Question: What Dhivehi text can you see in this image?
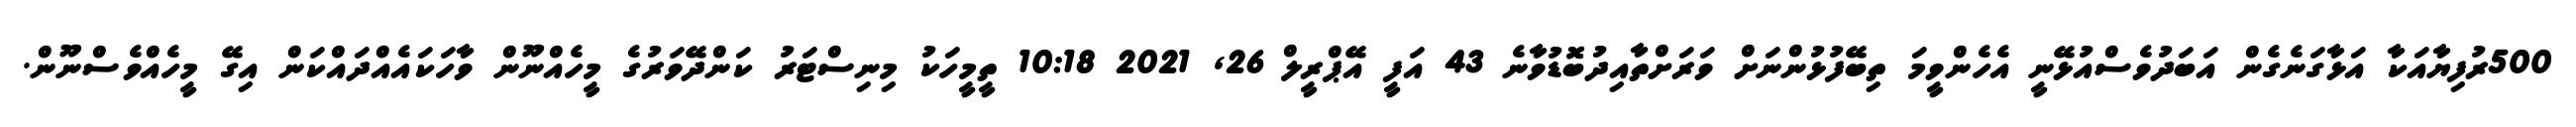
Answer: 500ރުފިޔާއަކާ އަޅާގަނެގެން އަބަދުވެސްއުޅޭނީ އެހެންވީމަ ތިބޭފުޅުންނަށް ވަރަށްތާއިދުބޮޑުވާނެ 43 އަފީ އޭޕްރީލް 26, 2021 10:18 ތީމީހަކު މިނިސްޓަރު ކަންދޭވަރުގެ މީހެއްނޫން ވާހަކައެއްދައްކަން އިގޭ މީހެއްވެސްނޫން.